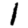
Digit: 1